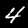
Label: 4